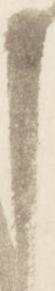
申